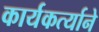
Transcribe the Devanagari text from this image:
कार्यकर्त्याने